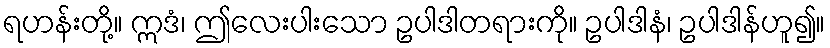
ရဟန်းတို့။ ဣဒံ၊ ဤလေးပါးသော ဥပါဒါတရားကို။ ဥပါဒါနံ၊ ဥပါဒါန်ဟူ၍။